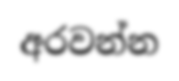
අරවන්න